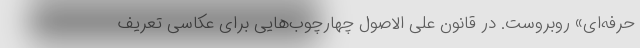
حرفه‌ای» روبروست. در قانون علی الاصول چهارچوب‌هایی برای عکاسی تعریف